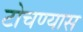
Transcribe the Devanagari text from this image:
टोचण्यास